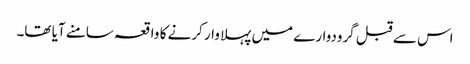
اس سے قبل گرودوارے میں پہلا وار کرنے کا واقعہ سامنے آیا تھا۔